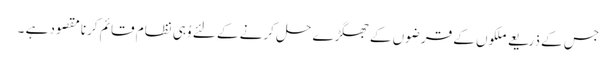
جس کے ذریعے ملکوں کے قرضوں کے جھگڑے حل کرنے کے لئے وُہی نظام قائم کرنا مقصود ہے ۔